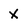
Character: x